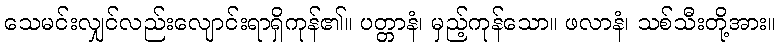
သေမင်းလျှင်လည်းလျောင်းရာရှိကုန်၏။ ပတ္တာနံ၊ မှည့်ကုန်သော။ ဖလာနံ၊ သစ်သီးတို့အား။